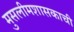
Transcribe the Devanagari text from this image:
मुसलीमशासकाची